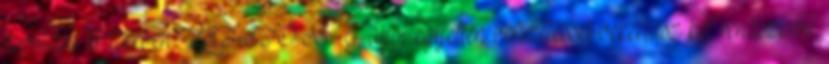
javulása érdekében. LEHETŐSÉG, ahol egyetlen befizetéssel bekerülsz két rendszerbe.